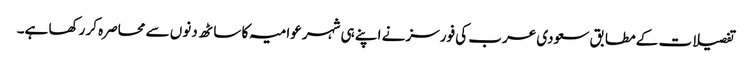
تفصیلات کے مطابق سعودی عرب کی فورسز نے اپنے ہی شہر عوامیہ کا ساٹھ دنوں سے محاصرہ کر رکھا ہے۔